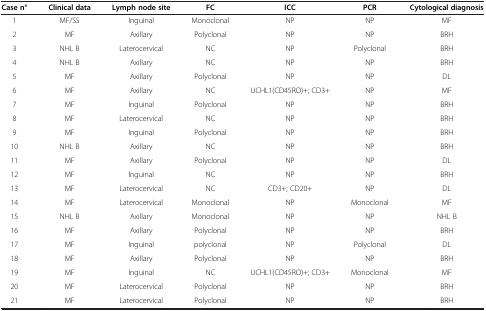
<table><thead><tr><td><b>Case n°</b></td><td><b>Clinical data</b></td><td><b>Lymph node site</b></td><td><b>FC</b></td><td><b>ICC</b></td><td><b>PCR</b></td><td><b>Cytological diagnosis</b></td></tr></thead><tbody><tr><td>1</td><td>MF/SS</td><td>Inguinal</td><td>Monoclonal</td><td>NP</td><td>NP</td><td>MF</td></tr><tr><td>2</td><td>MF</td><td>Axillary</td><td>Polyclonal</td><td>NP</td><td>NP</td><td>BRH</td></tr><tr><td>3</td><td>NHL B</td><td>Laterocervical</td><td>NC</td><td>NP</td><td>Polyclonal</td><td>BRH</td></tr><tr><td>4</td><td>NHL B</td><td>Axillary</td><td>NC</td><td>NP</td><td>NP</td><td>BRH</td></tr><tr><td>5</td><td>MF</td><td>Axillary</td><td>Polyclonal</td><td>NP</td><td>NP</td><td>DL</td></tr><tr><td>6</td><td>MF</td><td>Axillary</td><td>NC</td><td>UCHL1(CD45RO)+; CD3+</td><td>NP</td><td>MF</td></tr><tr><td>7</td><td>MF</td><td>Inguinal</td><td>Polyclonal</td><td>NP</td><td>NP</td><td>BRH</td></tr><tr><td>8</td><td>MF</td><td>Laterocervical</td><td>NC</td><td>NP</td><td>NP</td><td>BRH</td></tr><tr><td>9</td><td>MF</td><td>Inguinal</td><td>Polyclonal</td><td>NP</td><td>NP</td><td>BRH</td></tr><tr><td>10</td><td>NHL B</td><td>Axillary</td><td>NC</td><td>NP</td><td>NP</td><td>BRH</td></tr><tr><td>11</td><td>MF</td><td>Axillary</td><td>Polyclonal</td><td>NP</td><td>NP</td><td>DL</td></tr><tr><td>12</td><td>MF</td><td>Inguinal</td><td>NC</td><td>NP</td><td>NP</td><td>BRH</td></tr><tr><td>13</td><td>MF</td><td>Laterocervical</td><td>NC</td><td>CD3+; CD20+</td><td>NP</td><td>DL</td></tr><tr><td>14</td><td>MF</td><td>Laterocervical</td><td>Monoclonal</td><td>NP</td><td>Monoclonal</td><td>MF</td></tr><tr><td>15</td><td>NHL B</td><td>Axillary</td><td>Monoclonal</td><td>NP</td><td>NP</td><td>NHL B</td></tr><tr><td>16</td><td>MF</td><td>Axillary</td><td>Polyclonal</td><td>NP</td><td>NP</td><td>BRH</td></tr><tr><td>17</td><td>MF</td><td>Inguinal</td><td>polyclonal</td><td>NP</td><td>Polyclonal</td><td>DL</td></tr><tr><td>18</td><td>MF</td><td>Axillary</td><td>Polyclonal</td><td>NP</td><td>NP</td><td>BRH</td></tr><tr><td>19</td><td>MF</td><td>Inguinal</td><td>NC</td><td>UCHL1(CD45RO)+; CD3+</td><td>Monoclonal</td><td>MF</td></tr><tr><td>20</td><td>MF</td><td>Laterocervical</td><td>Polyclonal</td><td>NP</td><td>NP</td><td>BRH</td></tr><tr><td>21</td><td>MF</td><td>Laterocervical</td><td>Polyclonal</td><td>NP</td><td>NP</td><td>BRH</td></tr></tbody></table>